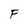
Character: F